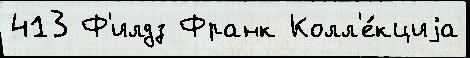
413 Ф'илдз Франк Колл'е́кциjа